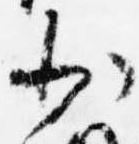
少